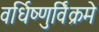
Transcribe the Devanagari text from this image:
वर्धिष्णुर्विक्रमे